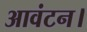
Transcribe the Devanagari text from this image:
आवंटन।